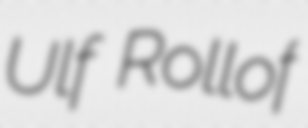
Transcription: Ulf Rollof